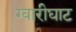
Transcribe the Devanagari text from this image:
ग्वारीघाट